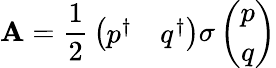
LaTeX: {\mathbf A}={\frac{1}{2}}\left(\begin{array}{cc}{{p^{\dagger}}}&{{q^{\dagger}}}\end{array}\right){\mathbf\sigma}\left(\begin{array}{c}{{p}}\\ {{q}}\end{array}\right)